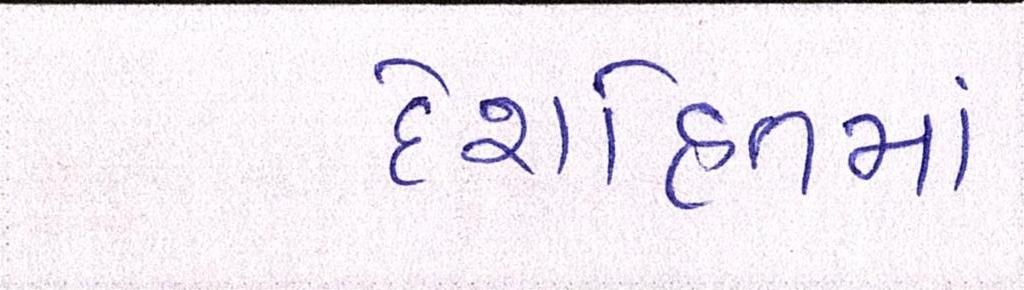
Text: દેશહિતમાં